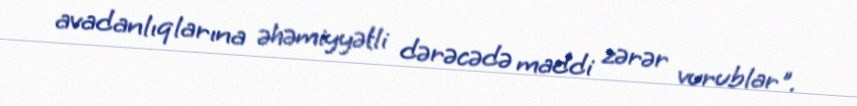
avadanlıqlarına əhəmiyyətli dərəcədə maddi zərər vurublar".